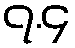
၇.၄